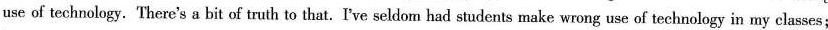
use of technology.There's a bit of truth to that.I've seldom had students make wrong use of technology in my classes;